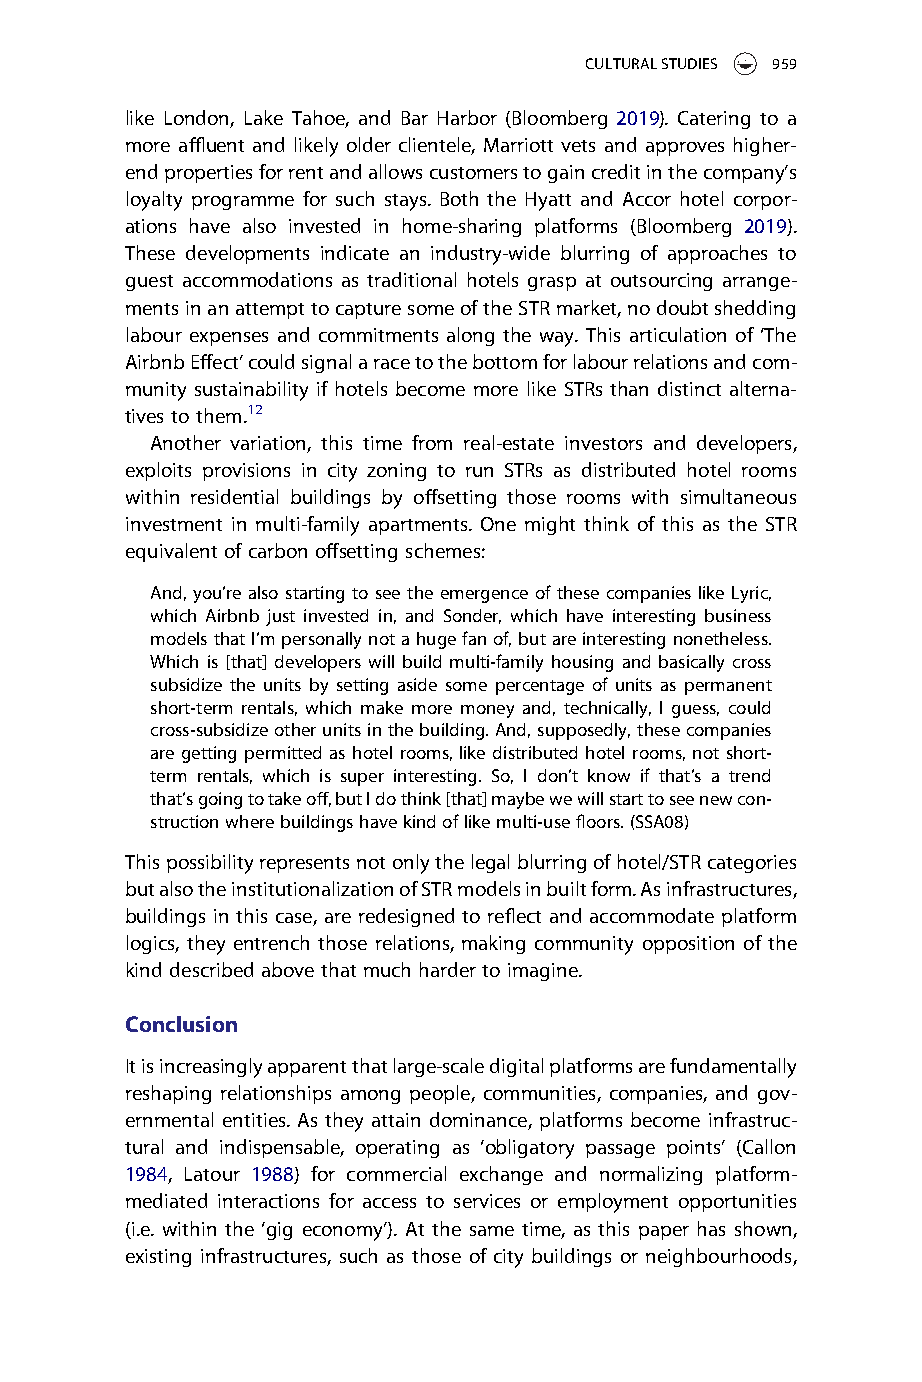
CULTURALSTUDIES 959
 like London, Lake Tahoe, and Bar Harbor (Bloomberg 2019). Catering to a
 more affluent and likely older clientele, Marriott vets and approves higher-
 endpropertiesforrentandallowscustomerstogaincreditinthecompany’s
 loyalty programme for such stays. Both the Hyatt and Accor hotel corpor-
 ations have also invested in home-sharing platforms (Bloomberg 2019).
 These developments indicate an industry-wide blurring of approaches to
 guest accommodations as traditional hotels grasp at outsourcing arrange-
 mentsinanattempttocapturesomeoftheSTRmarket,nodoubtshedding
 labour expenses and commitments along the way. This articulation of ‘The
 AirbnbEffect’couldsignalaracetothebottomforlabourrelationsandcom-
 munity sustainability if hotels become more like STRs than distinct alterna-
 tives tothem.12
 Another variation, this time from real-estate investors and developers,
 exploits provisions in city zoning to run STRs as distributed hotel rooms
 within residential buildings by offsetting those rooms with simultaneous
 investment in multi-family apartments. One might think of this as the STR
 equivalent ofcarbon offsetting schemes:
 And, you’re also starting to see theemergence of these companieslike Lyric,
 which Airbnb just invested in, and Sonder, which have interesting business
 modelsthatI’mpersonallynotahugefanof,butareinterestingnonetheless.
 Which is [that] developers will build multi-family housing and basically cross
 subsidize the units by setting aside some percentage of units as permanent
 short-term rentals, which make more money and, technically, I guess, could
 cross-subsidizeotherunitsinthebuilding.And,supposedly,thesecompanies
 are gettingpermitted ashotel rooms,like distributedhotel rooms,not short-
 term rentals, which is super interesting. So, I don’t know if that’s a trend
 that’sgoingtotakeoff,butIdothink[that]maybewewillstarttoseenewcon-
 structionwherebuildingshavekindoflikemulti-usefloors.(SSA08)
 Thispossibilityrepresentsnotonlythelegalblurringofhotel/STRcategories
 butalsotheinstitutionalizationofSTRmodelsinbuiltform.Asinfrastructures,
 buildings in this case, are redesigned to reflect and accommodate platform
 logics, they entrench those relations, making community opposition of the
 kind describedabove thatmuch hardertoimagine.
 Conclusion
 Itisincreasinglyapparentthatlarge-scaledigitalplatformsarefundamentally
 reshaping relationships among people, communities, companies, and gov-
 ernmental entities. As they attain dominance, platforms become infrastruc-
 tural and indispensable, operating as ‘obligatory passage points’ (Callon
 1984, Latour 1988) for commercial exchange and normalizing platform-
 mediated interactions for access to services or employment opportunities
 (i.e. within the ‘gig economy’). At the same time, as this paper has shown,
 existing infrastructures, such as those of city buildings or neighbourhoods,